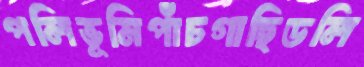
পলিভূমিপাঁচগাছিডলি